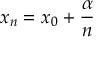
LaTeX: x _ { n } = x _ { 0 } + { \frac { \alpha } { n } }